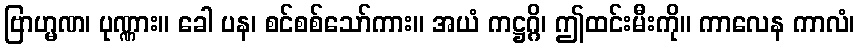
ဗြာဟ္မဏ၊ ပုဏ္ဏား။ ခေါ ပန၊ စင်စစ်သော်ကား။ အယံ ကဋ္ဌဂ္ဂိ၊ ဤထင်းမီးကို။ ကာလေန ကာလံ၊